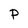
Character: P